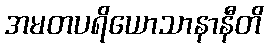
အမတပရိယောသာနာနီတိ